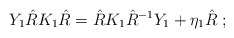
\begin{align*}Y_{1} \hat{R} K_{1} \hat{R} = \hat{R} K_{1} \hat{R}^{-1} Y_{1} + \eta_{1}\hat{R}\;;\end{align*}